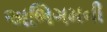
અભિગમની